Lunatic asylums Punjab 1911-1921 - 1911-1921
Year: 1911
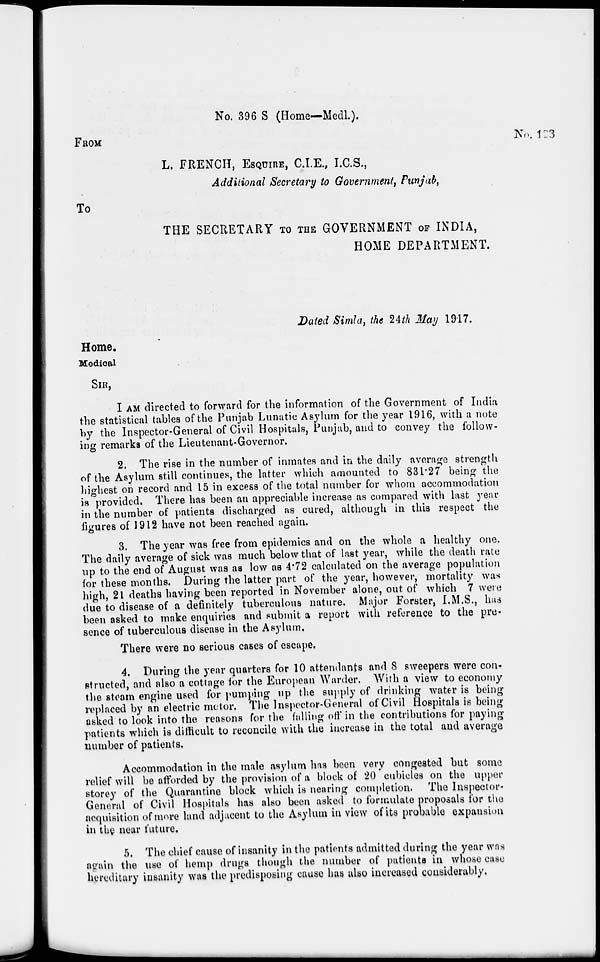
No. 396 S (Home—Medl.).
FROM
No. 123
L. FRENCH, ESQUIRE, C.I.E., I.C.S.,
Additional Secretary to Government, Punjab,
To
THE SECRETARY TO THE GOVERNMENT OF INDIA,
HOME DEPARTMENT.
Dated Simla, the 24th May 1917.
Home.
Medical
SIR,
I AM directed to forward for the information of the Government of India
the statistical tables of the Punjab Lunatic Asylum for the year 1916, with a note
by the Inspector-General of Civil Hospitals, Punjab, and to convey the follow-
ing remarks of the Lieutenant-Governor.
2. The rise in the number of inmates and in the daily average strength
of the Asylum still continues, the latter which amounted to 831.27 being the
highest on record and 15 in excess of the total number for whom accommodation
is provided. There has been an appreciable increase as compared with last year
in the number of patients discharged as cured, although in this respect the
figures of 1912 have not been reached again.
3. The year was free from epidemics and on the whole a healthy one.
The daily average of sick was much below that of last year, while the death rate
up to the end of August was as low as 4.72 calculated on the average population
for these months. During the latter part of the year, however, mortality was
high, 21 deaths having been reported in November alone, out of which 7 were
due to disease of a definitely tuberculous nature. Major Forster, I.M.S., has
been asked to make enquiries and submit a report with reference to the pre-
sence of tuberculous disease in the Asylum.
There were no serious cases of escape.
4. During the year quarters for 10 attendants and 8 sweepers were con-
structed, and also a cottage for the European Warder. With a view to economy
the steam engine used for pumping up the supply of drinking water is being
replaced by an electric motor. The Inspector-General of Civil Hospitals is being
asked to look into the reasons for the falling off in the contributions for paying
patients which is difficult to reconcile with the increase in the total and average
number of patients.
Accommodation in the male asylum has been very congested but some
relief will be afforded by the provision of a block of 20 cubicles on the upper
storey of the Quarantine block which is nearing completion. The Inspector-
General of Civil Hospitals has also been asked to formulate proposals for the
acquisition of more land adjacent to the Asylum in view of its probable expansion
in the near future.
5. The chief cause of insanity in the patients admitted during the year was
again the use of hemp drugs though the number of patients in whose case
hereditary insanity was the predisposing cause has also increased considerably.